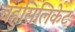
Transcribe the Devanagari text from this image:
बहुसिलिकेट